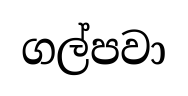
ගල්පවා